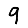
Digit: 9